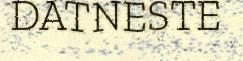
DATNESTE